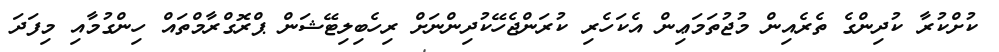
ކުށްކުރާ ކުދިންގެ ތެރެއިން މުޖުތަމަޢިން އެކަހެރި ކުރަންޖެހޭކުދިންނަށް ރިހެބިލިޓޭޝަން ޕްރޮގްރާމްތައް ހިންގުމާއި މިފަދަ